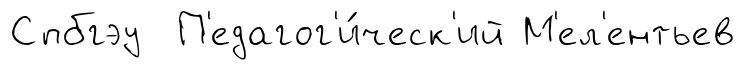
Спбгэу П'едагог'и́ческ'ий М'ел'ентьев